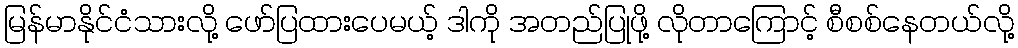
မြန်မာနိုင်ငံသားလို့ ဖော်ပြထားပေမယ့် ဒါကို အတည်ပြုဖို့ လိုတာကြောင့် စီစစ်နေတယ်လို့